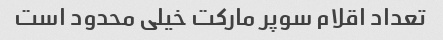
تعداد اقلام سوپر مارکت خیلی محدود است